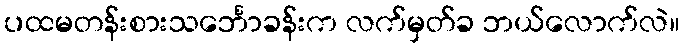
ပထမတန်းစားသင်္ဘောခန်းက လက်မှတ်ခ ဘယ်လောက်လဲ။